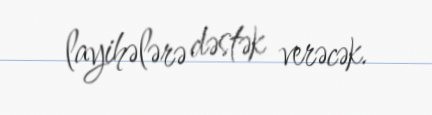
layihələrə dəstək verəcək.